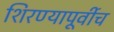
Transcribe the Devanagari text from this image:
शिरण्यापूर्वीच